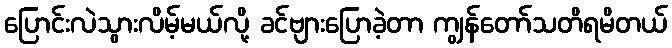
ပြောင်းလဲသွားလိမ့်မယ်လို့ ခင်ဗျားပြောခဲ့တာ ကျွန်တော်သတိရမိတယ်